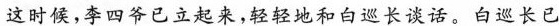
这时候，李四爷已立起来，轻轻地和白巡长谈话。白巡长已